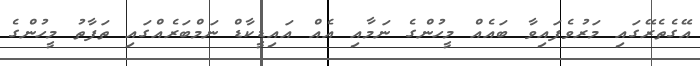
އޭގެތެރޭގައި މަރުވެފައިވާ ބައެއް މީހުންގެ ނަމާއި އެއް އައިޑީކާޑް ނަމްބަރެއްގައި ތަފާތު މީހުންގެ